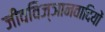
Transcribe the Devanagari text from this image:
जीवविज्ञानवादियों